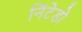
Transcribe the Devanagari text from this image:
निंटेडो